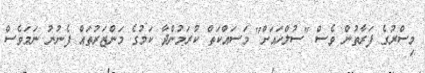
މިސްރުގެ ފަރާތުން ވެސް "ސުލްހައަށް" މަސައްކަތް ކުރަމުންދާ ކަމުގެ މަންޒަރުތައް ފެނުނު ނަމަވެސް